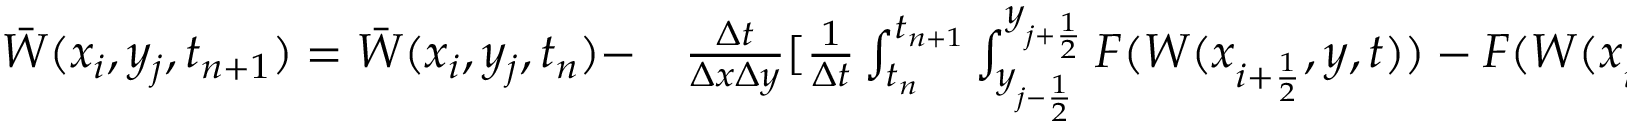
\begin{array} { r l } { \Bar W ( x _ { i } , y _ { j } , t _ { n + 1 } ) = \Bar W ( x _ { i } , y _ { j } , t _ { n } ) - } & { { } \frac { \Delta t } { \Delta x \Delta y } [ \frac { 1 } { \Delta t } \int _ { t _ { n } } ^ { t _ { n + 1 } } \int _ { y _ { j - \frac { 1 } { 2 } } } ^ { y _ { j + \frac { 1 } { 2 } } } F ( W ( x _ { i + \frac { 1 } { 2 } } , y , t ) ) - F ( W ( x _ { i - \frac { 1 } { 2 } } , y , t ) ) d y d t ] - } \end{array}